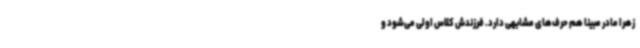
زهرا مادر مبینا هم حرف‌های مشابهی دارد. فرزندش کلاس اولی می‌شود و